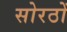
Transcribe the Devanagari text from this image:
सोरठों